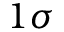
1 \sigma